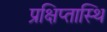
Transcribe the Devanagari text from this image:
प्रक्षिप्तास्थि